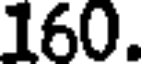
160.